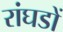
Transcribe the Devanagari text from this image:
रांघडों